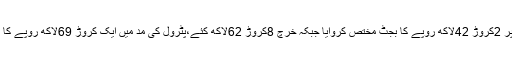
قاتل اعلیٰ پنجاب نے تحائف دینے کے نام پر 2کروڑ 42لاکھ روپے کا بجٹ مختص کروایا جبکہ خرچ 8کروڑ 62لاکھ کئے،پٹرول کی مد میں ایک کروڑ 69لاکھ روپے کا بجٹ تھا خرچ 3کروڑ 19لاکھ کئے گئے۔